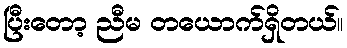
ပြီးတော့ ညီမ တယောက်ရှိတယ်။